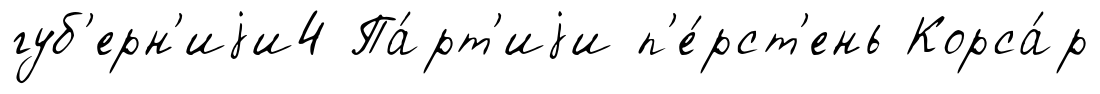
губ'ерн'иjи4 Па́рт'иjи п'е́рст'ень Корса́р